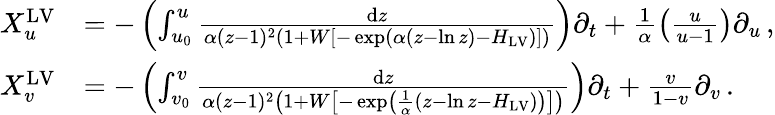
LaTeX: \begin{array}{rl}{X_{u}^{\mathrm{LV}}}&{=-\left(\int_{u_{0}}^{u}\frac{\mathrm{d}z}{\alpha(z-1)^{2}\left(1+W\left[-\exp\left(\alpha\left(z-\ln z\right)-H_{\mathrm{LV}}\right)\right]\right)}\right)\partial_{t}+\frac{1}{\alpha}\left(\frac{u}{u-1}\right)\partial_{u}\, ,}\\ {X_{v}^{\mathrm{LV}}}&{=-\left(\int_{v_{0}}^{v}\frac{\mathrm{d}z}{\alpha(z-1)^{2}\left(1+W\left[-\exp\left(\frac{1}{\alpha}\left(z-\ln z-H_{\mathrm{LV}}\right)\right)\right]\right)}\right)\partial_{t}+\frac{v}{1-v}\partial_{v}\, .}\end{array}